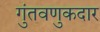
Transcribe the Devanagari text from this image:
गुंतवणुकदार